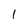
Character: 1